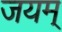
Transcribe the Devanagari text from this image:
जयम्